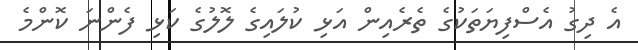
އެ ދިގު އެސްފިޔަތަކުގެ ތެރެއިން އަޅި ކުލައިގެ ލޮލުގެ ކަޅި ފެންނަ ކޮންމެ